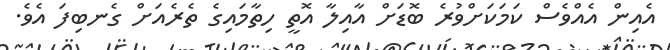
އެއިން އެއްވެސް ކަމަކަށްވުރެ ބޮޑަށް އާއިލާ އޮތީ ހިތާމައިގެ ތެރެއަށް ގެނބިފަ އެވެ.